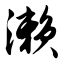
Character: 濑